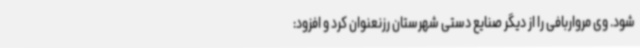
شود. وی مرواربافی را از دیگر صنایع دستی شهرستان رزنعنوان کرد و افزود: